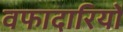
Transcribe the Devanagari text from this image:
वफादारियों